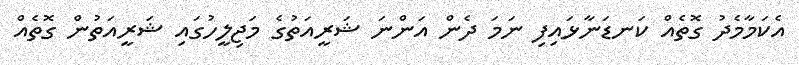
އެކަމާމެދު ގޮތެއް ކަނޑަނާޅައިފި ނަމަ ދެން އަންނަ ޝަރީއަތުގެ މަޖިލީހުގައި ޝަރީއަތުން ގޮތެއް